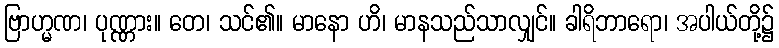
ဗြာဟ္မဏ၊ ပုဏ္ဏား။ တေ၊ သင်၏။ မာနော ဟိ၊ မာနသည်သာလျှင်။ ခါရိဘာရော၊ အပါယ်တို့၌